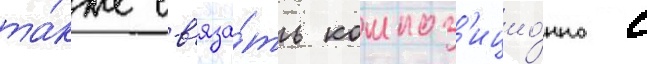
та́кже св'яза́ть композ'ицио́нно с